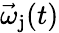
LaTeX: \vec{\omega}_{\mathrm{j}}(t)